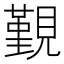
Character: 覲